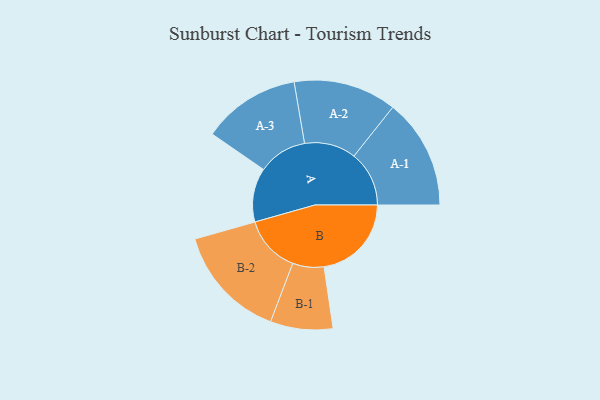
{"axis": {"x": "Segment", "y": "Value"}, "legend": ["", "A", "B"], "data": [{"x": "A", "y": 271, "type": ""}, {"x": "B", "y": 439, "type": ""}, {"x": "A-1", "y": 277, "type": "A"}, {"x": "A-2", "y": 259, "type": "A"}, {"x": "A-3", "y": 246, "type": "A"}, {"x": "B-1", "y": 157, "type": "B"}, {"x": "B-2", "y": 287, "type": "B"}]}